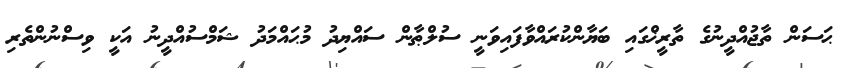
ޙަސަން ތާޖުއްދީނުގެ ތާރީޚްގައި ބަޔާންކުރައްވާފައިވަނީ ސުލްޠާން ސައްޔިދު މުޙައްމަދު ޝަމްސުއްދީނު އަކީ ވިސްނުންތެރި